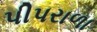
પીપરાળા